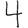
Digit: 4